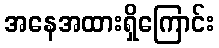
အနေအထားရှိကြောင်း